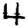
Digit: 4